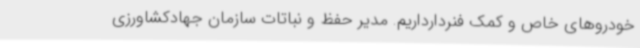
خودروهای خاص و کمک فنردارداریم. مدیر حفظ و نباتات سازمان جهادکشاورزی